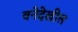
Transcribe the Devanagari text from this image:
वनेदेखील